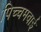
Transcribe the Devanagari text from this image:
पिच्चमवाई